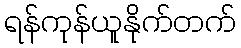
ရန်ကုန်ယူနိုက်တက်